Vaccination in the Punjab 1897-1904 - 1897-1904
Year: 1897
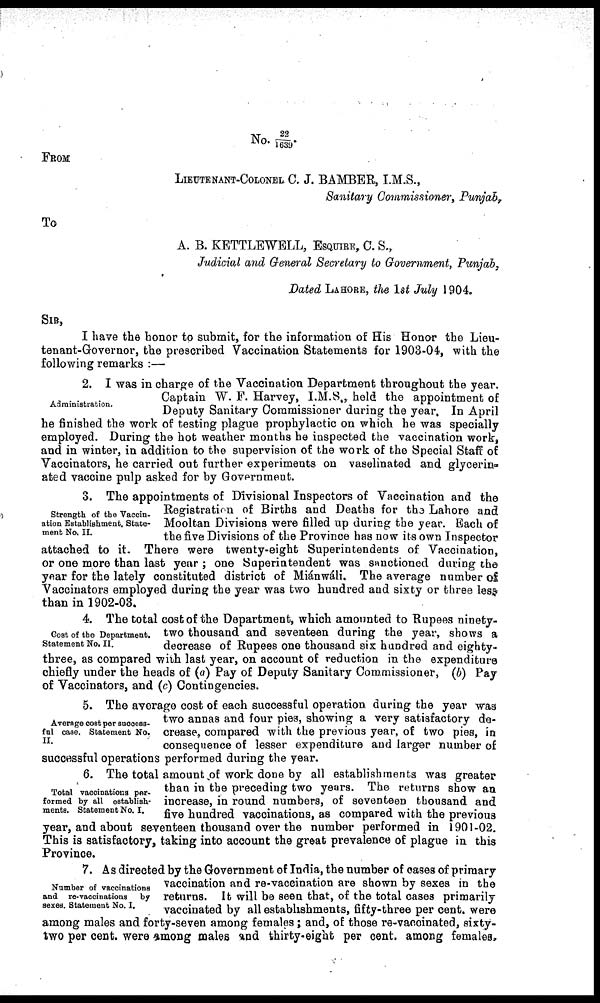
No. 22/1639.
FROM
LIEUTENANT-COLONEL C. J. BAMBER, I.M.S.,
Sanitary Commissioner, Punjab,
To
A. B. KETTLEWELL, ESQUIRE, C. S.,
Judicial and General Secretary to Government, Punjab,
Dated LAHORE, the 1st July 1904.
SIR,
I have the honor to submit, for the information of His Honor the Lieu-
tenant-Governor, the prescribed Vaccination Statements for 1903-04, with the
following remarks :—
Administration.
2. I was in charge of the Vaccination Department throughout the year.
Captain W. F. Harvey, I.M.S., held the appointment of
Deputy Sanitary Commissioner during the year. In April
he finished the work of testing plague prophylactic on which he was specially
employed. During the hot weather months he inspected the vaccination work,
and in winter, in addition to the supervision of the work of the Special Staff of
Vaccinators, he carried out further experiments on vaselinated and glycerin-
ated vaccine pulp asked for by Government.
Strength of the Vaccin-
ation Establishment. State-
ment No. II.
3. The appointments of Divisional Inspectors of Vaccination and the
Registration of Births and Deaths for the Lahore and
Mooltan Divisions were filled up during the year. Each of
the five Divisions of the Province has now its own Inspector
attached to it. There were twenty-eight Superintendents of Vaccination,
or one more than last year ; one Superintendent was sanctioned during the
year for the lately constituted district of Miánwáli. The average number of
Vaccinators employed during the year was two hundred and sixty or three less
than in 1902-03.
Cost of the Department.
Statement No. II.
4. The total cost of the Department, which amounted to Rupees ninety-
two thousand and seventeen during the year, shows a
decrease of Rupees one thousand six hundred and eighty-
three, as compared with last year, on account of reduction in the expenditure
chiefly under the heads of (a) Pay of Deputy Sanitary Commissioner, (b) Pay
of Vaccinators, and (c) Contingencies.
Average cost per success-
ful case. Statement No.
II.
5. The average cost of each successful operation during the year was
two annas and four pies, showing a very satisfactory de-
crease, compared with the previous year, of two pies, in
consequence of lesser expenditure and larger number of
successful operations performed during the year.
Total vaccinations per-
formed by all establish-
ments. Statement No. I.
6. The total amount of work done by all establishments was greater
than in the preceding two years. The returns show an
increase, in round numbers, of seventeen thousand and
five hundred vaccinations, as compared with the previous
year, and about seventeen thousand over the number performed in 1901-02.
This is satisfactory, taking into account the great prevalence of plague in this
Province.
Number of vaccinations
and re-vaccinations
by
sexes. Statement No. I.
7. As directed by the Government of India, the number of cases of primary
vaccination and re-vaccination are shown by sexes in the
returns. It will be seen that, of the total cases primarily
vaccinated by all establishments, fifty-three per cent. were
among males and forty-seven among females ; and, of those re-vaccinated, sixty-
two per cent. were among males and thirty-eight per cent. among females,